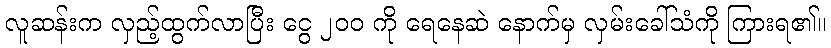
လူဆန်းက လှည့်ထွက်လာပြီး ငွေ ၂၀၀ ကို ရေနေဆဲ နောက်မှ လှမ်းခေါ်သံကို ကြားရ၏။